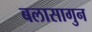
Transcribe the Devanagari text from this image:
बलासागुन